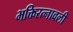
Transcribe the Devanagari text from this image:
भक्तिरत्नावली